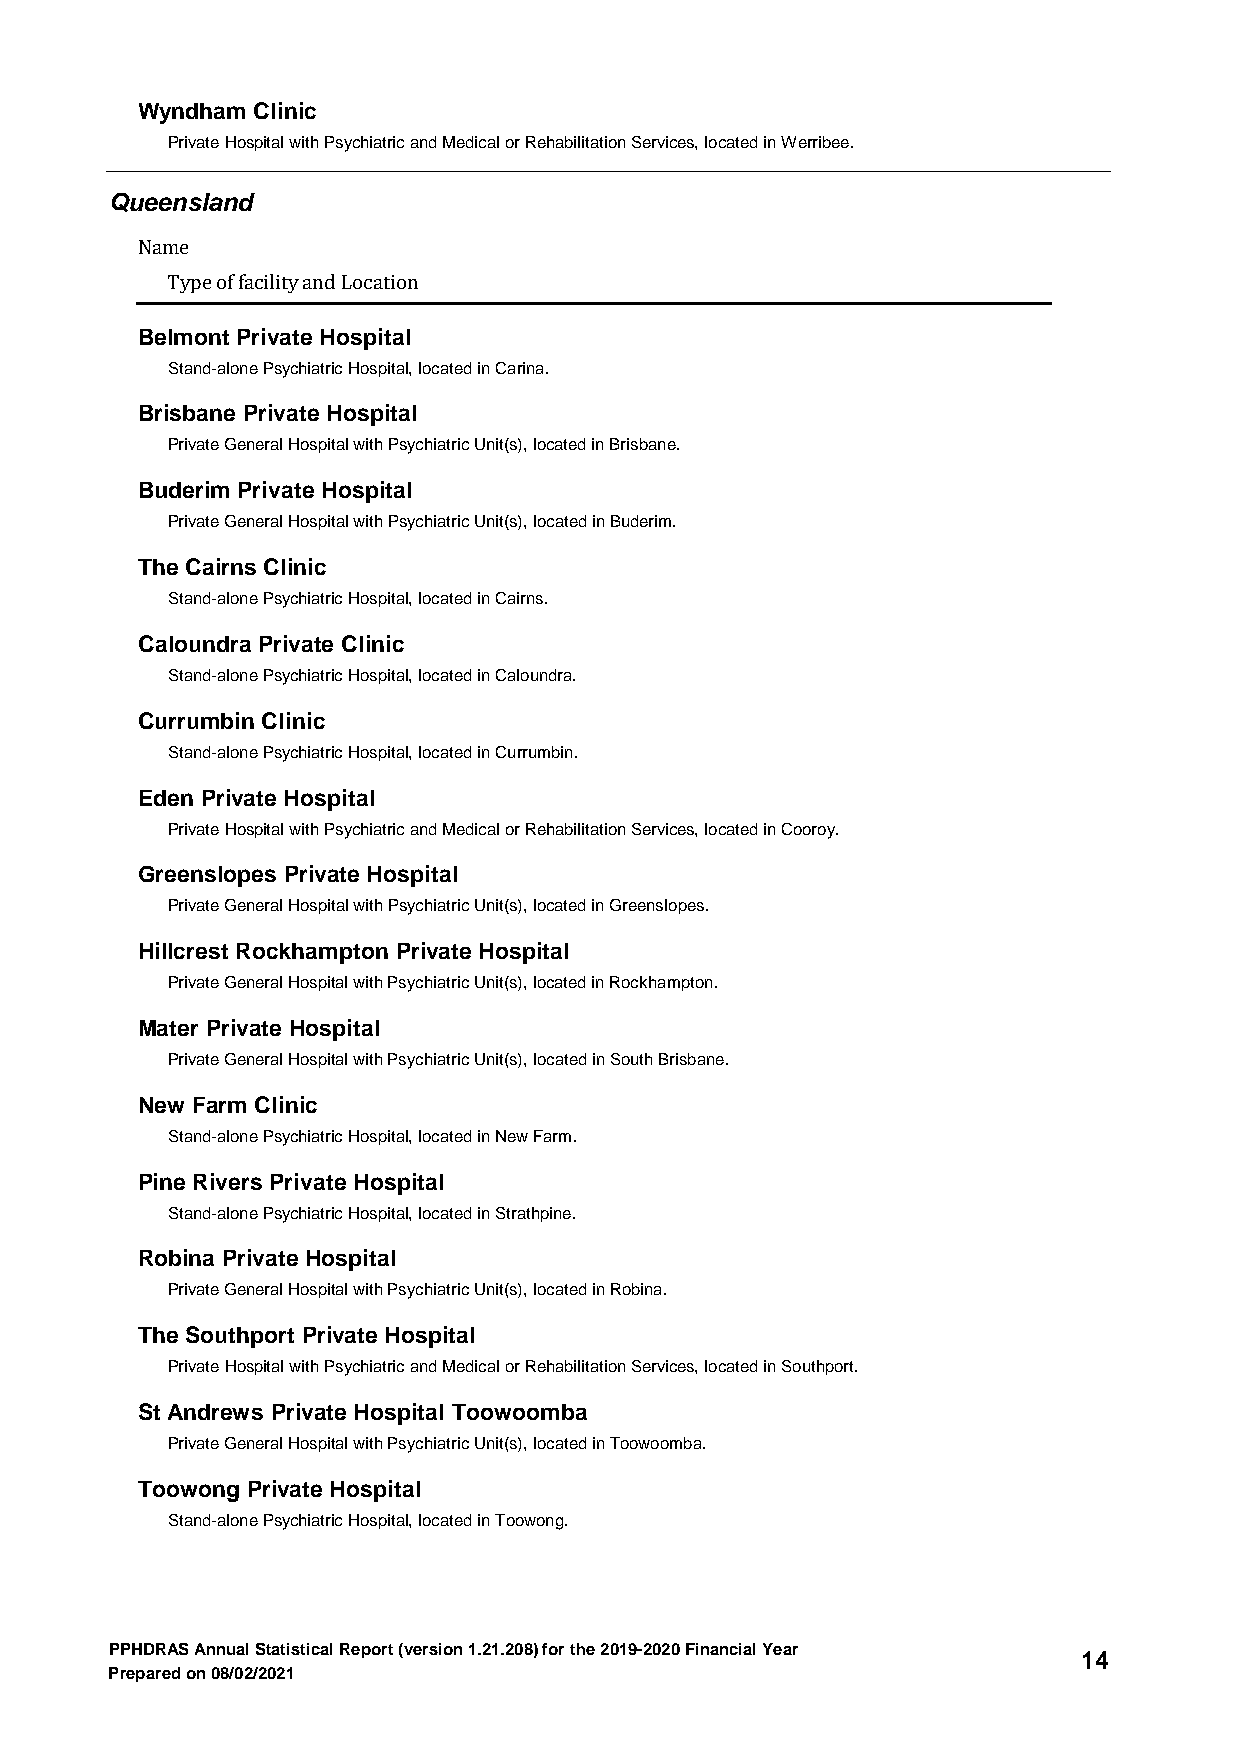
Wyndham Clinic
 Private Hospital with Psychiatric and Medical or Rehabilitation Services, located in Werribee.
 Queensland
 Name
 Type of facility and Location
 Belmont Private Hospital
 Stand-alone Psychiatric Hospital, located in Carina.
 Brisbane Private Hospital
 Private General Hospital with Psychiatric Unit(s), located in Brisbane.
 Buderim Private Hospital
 Private General Hospital with Psychiatric Unit(s), located in Buderim.
 The Cairns Clinic
 Stand-alone Psychiatric Hospital, located in Cairns.
 Caloundra Private Clinic
 Stand-alone Psychiatric Hospital, located in Caloundra.
 Currumbin Clinic
 Stand-alone Psychiatric Hospital, located in Currumbin.
 Eden Private Hospital
 Private Hospital with Psychiatric and Medical or Rehabilitation Services, located in Cooroy.
 Greenslopes Private Hospital
 Private General Hospital with Psychiatric Unit(s), located in Greenslopes.
 Hillcrest Rockhampton Private Hospital
 Private General Hospital with Psychiatric Unit(s), located in Rockhampton.
 Mater Private Hospital
 Private General Hospital with Psychiatric Unit(s), located in South Brisbane.
 New Farm Clinic
 Stand-alone Psychiatric Hospital, located in New Farm.
 Pine Rivers Private Hospital
 Stand-alone Psychiatric Hospital, located in Strathpine.
 Robina Private Hospital
 Private General Hospital with Psychiatric Unit(s), located in Robina.
 The Southport Private Hospital
 Private Hospital with Psychiatric and Medical or Rehabilitation Services, located in Southport.
 St Andrews Private Hospital Toowoomba
 Private General Hospital with Psychiatric Unit(s), located in Toowoomba.
 Toowong Private Hospital
 Stand-alone Psychiatric Hospital, located in Toowong.
 PPHDRAS Annual Statistical Report (version 1.21.208) for the 2019-2020 Financial Year
 14
 Prepared on 08/02/2021